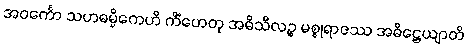
အဝင်္ကော သဟဓမ္မိကေဟိ ကိံဟေတု အဓိသီလဉ္စ မစ္စုရာဇဿ အဓိဋ္ဌေယျာတိ